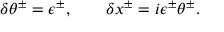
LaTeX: \delta \theta ^ { \pm } = \epsilon ^ { \pm } , \qquad \delta x ^ { \pm } = i \epsilon ^ { \pm } \theta ^ { \pm } .